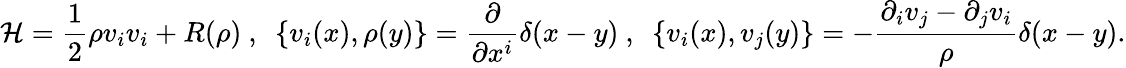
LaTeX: {\cal H}={\frac{1}{2}}\rho v_{i}v_{i}+R(\rho)~,~~\{ v_{i}(x),\rho(y)\} ={\frac{\partial}{\partial x^{i}}}\delta(x-y)~,~~\{ v_{i}(x),v_{j}(y)\} =-{\frac{\partial_{i}v_{j}-\partial_{j}v_{i}}{\rho}}\delta(x-y).